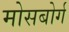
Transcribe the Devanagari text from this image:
मोसबोर्ग